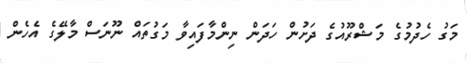
މަގު ހެދުމުގެ މަޝްރޫއުގެ ދަށުން ހަދަން ނިންމާފައިވާ މަގުތައް ނޫނަސް މާލޭގެ އެހެން